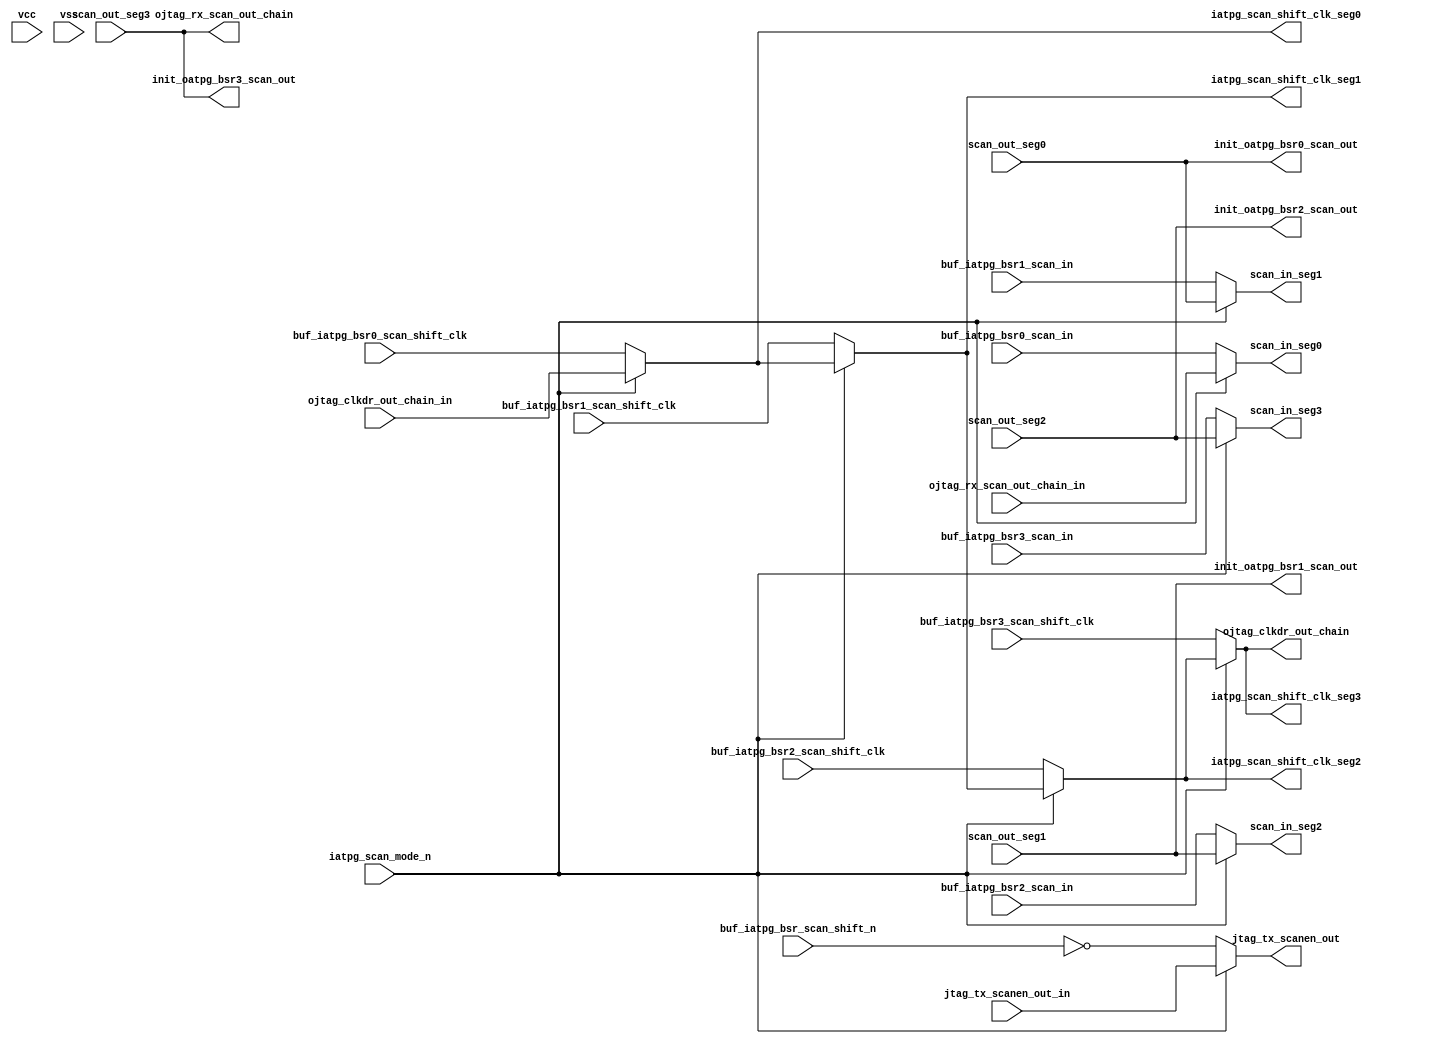
// This program was cloned from: https://github.com/chipsalliance/aib-phy-hardware
// License: Apache License 2.0

// SPDX-License-Identifier: Apache-2.0
// Copyright (C) 2019 Intel Corporation. 
// Library - aibcr3_lib, Cell - aibcr3_scan_iomux, View - schematic
// LAST TIME SAVED: Aug 16 11:25:57 2016
// NETLIST TIME: Sep 13 21:47:07 2016
`timescale 1ns / 1ns 

module aibcr3_scan_iomux ( iatpg_scan_shift_clk_seg0,
     iatpg_scan_shift_clk_seg1, iatpg_scan_shift_clk_seg2,
     iatpg_scan_shift_clk_seg3, init_oatpg_bsr0_scan_out,
     init_oatpg_bsr1_scan_out, init_oatpg_bsr2_scan_out,
     init_oatpg_bsr3_scan_out, jtag_tx_scanen_out,
     ojtag_clkdr_out_chain, ojtag_rx_scan_out_chain, scan_in_seg0,
     scan_in_seg1, scan_in_seg2, scan_in_seg3, buf_iatpg_bsr0_scan_in,
     buf_iatpg_bsr0_scan_shift_clk, buf_iatpg_bsr1_scan_in,
     buf_iatpg_bsr1_scan_shift_clk, buf_iatpg_bsr2_scan_in,
     buf_iatpg_bsr2_scan_shift_clk, buf_iatpg_bsr3_scan_in,
     buf_iatpg_bsr3_scan_shift_clk, buf_iatpg_bsr_scan_shift_n,
     iatpg_scan_mode_n, jtag_tx_scanen_out_in,
     ojtag_clkdr_out_chain_in, ojtag_rx_scan_out_chain_in,
     scan_out_seg0, scan_out_seg1, scan_out_seg2, scan_out_seg3, vcc,
     vss );

output  iatpg_scan_shift_clk_seg0, iatpg_scan_shift_clk_seg1,
     iatpg_scan_shift_clk_seg2, iatpg_scan_shift_clk_seg3,
     init_oatpg_bsr0_scan_out, init_oatpg_bsr1_scan_out,
     init_oatpg_bsr2_scan_out, init_oatpg_bsr3_scan_out,
     jtag_tx_scanen_out, ojtag_clkdr_out_chain,
     ojtag_rx_scan_out_chain, scan_in_seg0, scan_in_seg1, scan_in_seg2,
     scan_in_seg3;

input  buf_iatpg_bsr0_scan_in, buf_iatpg_bsr0_scan_shift_clk,
     buf_iatpg_bsr1_scan_in, buf_iatpg_bsr1_scan_shift_clk,
     buf_iatpg_bsr2_scan_in, buf_iatpg_bsr2_scan_shift_clk,
     buf_iatpg_bsr3_scan_in, buf_iatpg_bsr3_scan_shift_clk,
     buf_iatpg_bsr_scan_shift_n, iatpg_scan_mode_n,
     jtag_tx_scanen_out_in, ojtag_clkdr_out_chain_in,
     ojtag_rx_scan_out_chain_in, scan_out_seg0, scan_out_seg1,
     scan_out_seg2, scan_out_seg3, vcc, vss;

wire net056;
wire net111;
wire net053;
wire net093;
wire net063;
wire net068;
wire net082;
wire net121;
wire net054;

// scan in
assign scan_in_seg3 = net093;
assign scan_in_seg2 = net082;
assign scan_in_seg1 = net068;
assign scan_in_seg0 = net063;

assign net063 = iatpg_scan_mode_n ? ojtag_rx_scan_out_chain_in : buf_iatpg_bsr0_scan_in ; 
assign net068 = iatpg_scan_mode_n ? init_oatpg_bsr0_scan_out : buf_iatpg_bsr1_scan_in ;
assign net082 = iatpg_scan_mode_n ? init_oatpg_bsr1_scan_out : buf_iatpg_bsr2_scan_in ;
assign net093 = iatpg_scan_mode_n ? init_oatpg_bsr2_scan_out : buf_iatpg_bsr3_scan_in ;

// scan_en
assign jtag_tx_scanen_out = iatpg_scan_mode_n ? jtag_tx_scanen_out_in : net121;
assign net121 = !buf_iatpg_bsr_scan_shift_n ;

// jtag clock propagation
assign net053 = iatpg_scan_mode_n ? ojtag_clkdr_out_chain_in: buf_iatpg_bsr0_scan_shift_clk;
assign net054 = iatpg_scan_mode_n ? net053 : buf_iatpg_bsr1_scan_shift_clk;
assign net111 = iatpg_scan_mode_n ? net054 : buf_iatpg_bsr2_scan_shift_clk;
assign net056 = iatpg_scan_mode_n ? net111 : buf_iatpg_bsr3_scan_shift_clk;
assign ojtag_clkdr_out_chain = net056 ;

// scan shift clock
assign iatpg_scan_shift_clk_seg0 = net053 ;
assign iatpg_scan_shift_clk_seg1 = net054 ;
assign iatpg_scan_shift_clk_seg2 = net111 ;
assign iatpg_scan_shift_clk_seg3 = net056 ;

// scan_out
assign init_oatpg_bsr0_scan_out = scan_out_seg0;
assign init_oatpg_bsr1_scan_out = scan_out_seg1;
assign init_oatpg_bsr2_scan_out = scan_out_seg2;
assign init_oatpg_bsr3_scan_out = scan_out_seg3;
assign ojtag_rx_scan_out_chain = scan_out_seg3;

endmodule